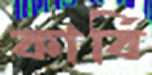
কার্বি